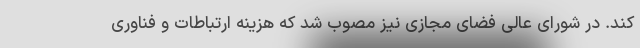
کند. در شورای عالی فضای مجازی نیز مصوب شد که هزینه ارتباطات و فناوری